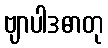
ဗျာပါဒဓာတု